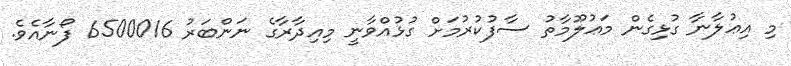
މި އިޢުލާނާ ގުޅިގެން މަޢުލޫމާތު ސާފުކުރުމަށް ގުޅުއްވާނީ މިއިދާރާގެ ނަންބަރު 6500016 ފޯނާއެވެ.